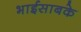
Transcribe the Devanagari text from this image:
भाईसाबके